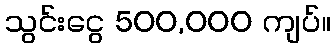
သွင်းငွေ 500,000 ကျပ်။